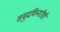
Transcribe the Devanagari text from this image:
समुद्रकिनारीही